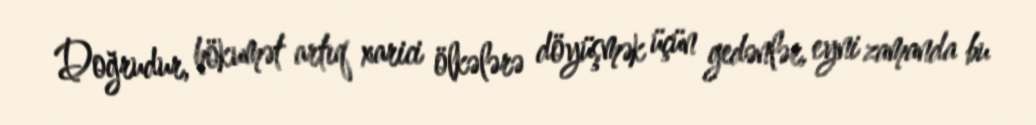
Doğrudur, hökumət artıq xarici ölkələrə döyüşmək üçün gedənlər, eyni zamanda bu